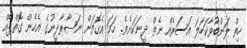
ހިތް ލަންބުވާކަހަލަ އަސަރެއް ނެތް ދީނަކަށެވެ. ހަމަ އެގޮތަށް ނަޞާރާދީނުގެ އެހެން ގޮތްޕެއް